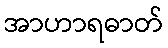
အာဟာရဓာတ်